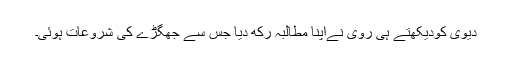
دیوی کودیکھتے ہی روی نےاپنا مطالبہ رکھ دیا جس سے جھگڑے کی شروعات ہوئی۔